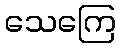
သေကြေ